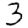
Digit: 3